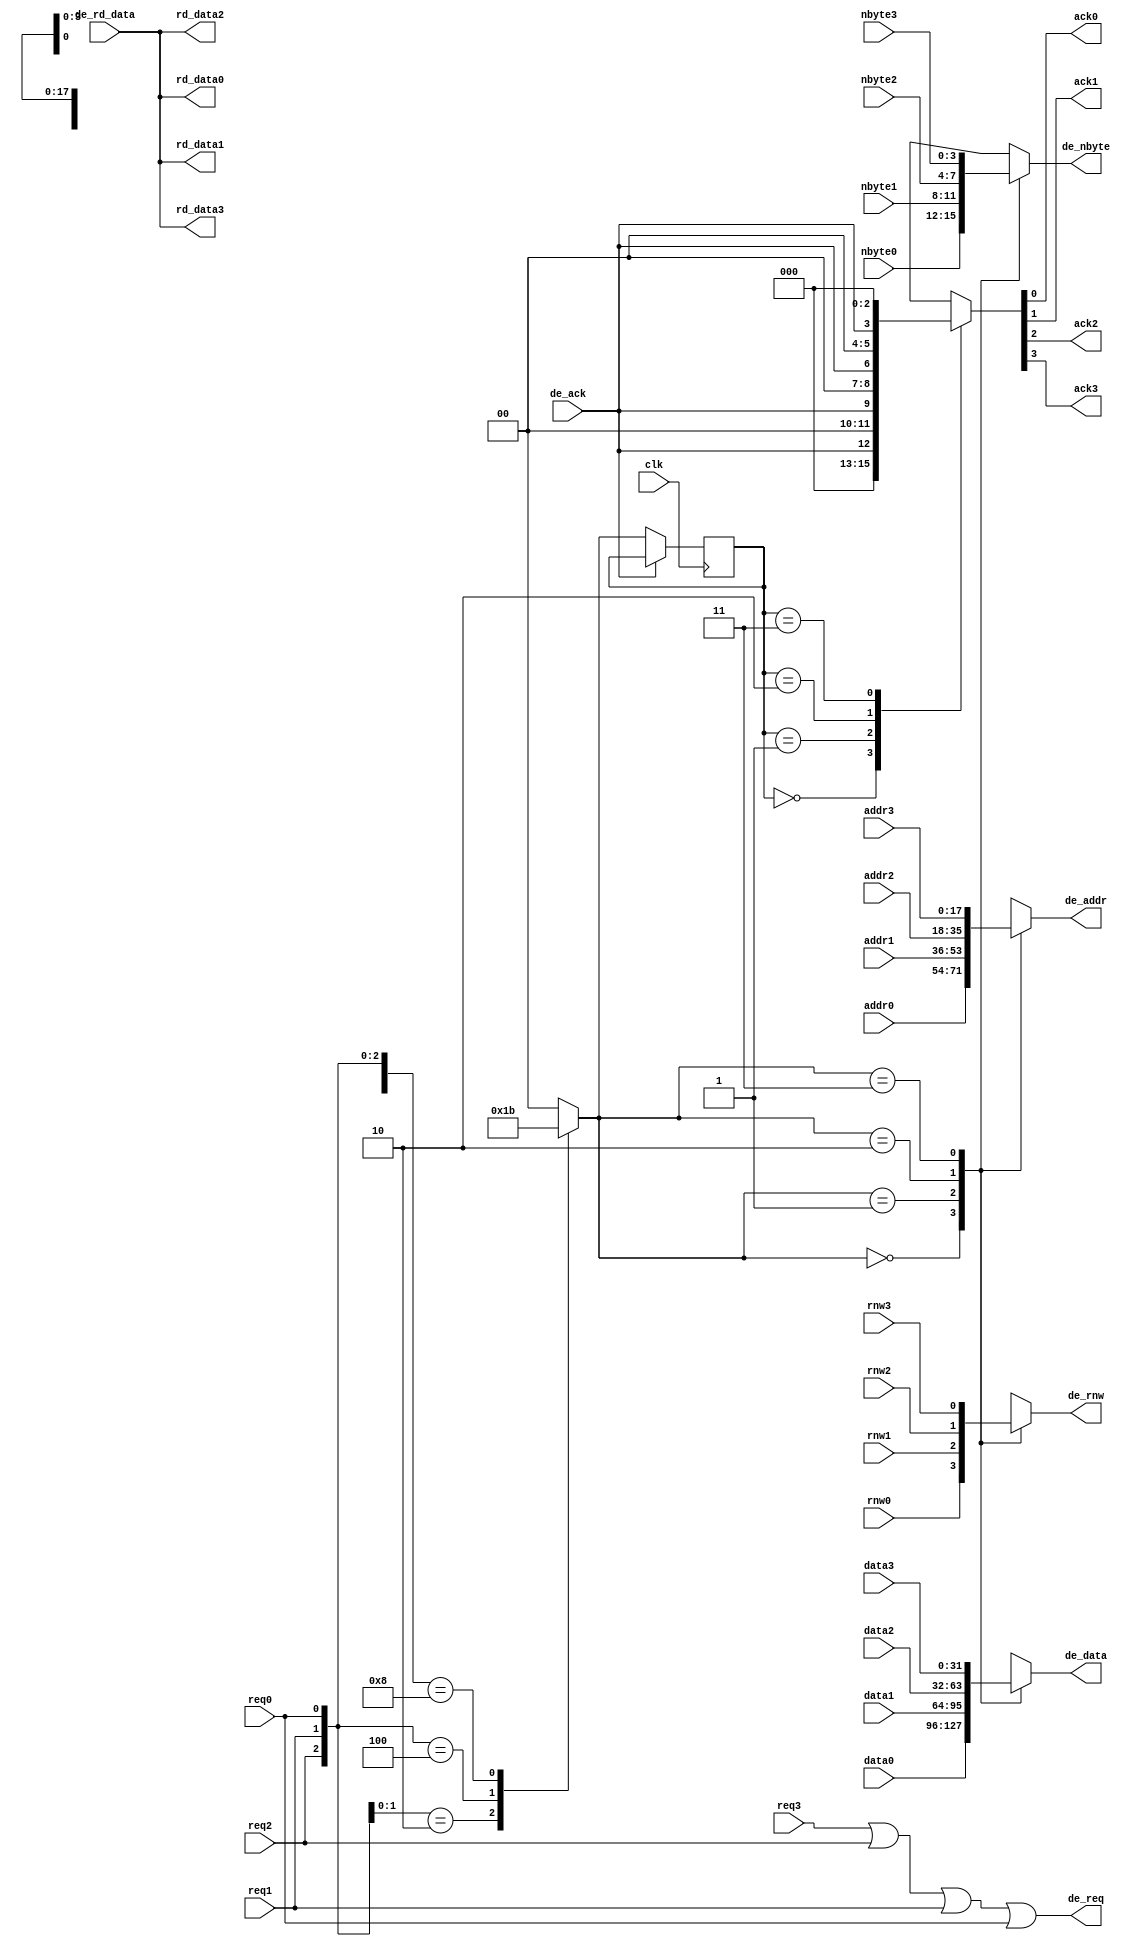
//Verilog HDL for "COMP32211", "drawing_mux" "functional"

`define TPD 2

module drawing_mux(input  wire        clk,
		    input  wire        req0,
		    output wire        ack0,
		    input  wire        rnw0,
		    input  wire [17:0] addr0,
		    input  wire  [3:0] nbyte0,
		    input  wire [31:0] data0,
		    output wire [31:0] rd_data0,
		    input  wire        req1,
		    output wire        ack1,
		    input  wire        rnw1,
		    input  wire [17:0] addr1,
		    input  wire  [3:0] nbyte1,
		    input  wire [31:0] data1,
		    output wire [31:0] rd_data1,
		    input  wire        req2,
		    output wire        ack2,
		    input  wire        rnw2,
		    input  wire [17:0] addr2,
		    input  wire  [3:0] nbyte2,
		    input  wire [31:0] data2,
		    output wire [31:0] rd_data2,
		    input  wire        req3,
		    output wire        ack3,
		    input  wire        rnw3,
		    input  wire [17:0] addr3,
		    input  wire  [3:0] nbyte3,
		    input  wire [31:0] data3,
		    output wire [31:0] rd_data3,
		    output wire        de_req,
		    input  wire        de_ack,
		    output wire        de_rnw,
		    output wire [17:0] de_addr,
		    output wire  [3:0] de_nbyte,
		    output wire [31:0] de_data,
		    input  wire [31:0] de_rd_data);

reg  [1:0] pending_req;
reg  [1:0] current_req;
reg  [3:0] current_ack;

reg        mux_rnw;
reg [17:0] mux_addr;
reg  [3:0] mux_nbyte;
reg [31:0] mux_data;

assign #`TPD de_req = req3 | req2 | req1 | req0;
assign #`TPD ack3 = current_ack[3];
assign #`TPD ack2 = current_ack[2];
assign #`TPD ack1 = current_ack[1];
assign #`TPD ack0 = current_ack[0];
assign #`TPD de_rnw   = mux_rnw;
assign #`TPD de_addr  = mux_addr;	/* Delay here because of apparent     */
assign #`TPD de_nbyte = mux_nbyte;	/* Cadence simulation bug if delay in */
assign #`TPD de_data  = mux_data;	/* original assignment.               */

assign #`TPD rd_data0 = de_rd_data;
assign #`TPD rd_data1 = de_rd_data;
assign #`TPD rd_data2 = de_rd_data;
assign #`TPD rd_data3 = de_rd_data;

always @ (req3, req2, req1, req0)
casex ({req3, req2, req1, req0})
  4'bxxx1: pending_req = 0;
  4'bxx10: pending_req = 1;
  4'bx100: pending_req = 2;
  4'b1000: pending_req = 3;
  default: pending_req = 0;
endcase


/* N.B. If incoming requests are not mutually exclusive then multiplexers may */
/* glitch as forward path has no latches.  Not fixable in isolation due to    */
/* input race between requests and de_ack.  Outputs must be set up in time    */
/* to be latched into memory driver.                                          */

always @ (pending_req, addr0, nbyte0, data0, addr1, nbyte1, data1,
                       addr2, nbyte2, data2, addr3, nbyte3, data3)
case (pending_req)
  0: begin			// Highest priority channel
     mux_rnw   = rnw0;
     mux_addr  = addr0;
     mux_nbyte = nbyte0;
     mux_data  = data0;
     end
  1: begin
     mux_rnw   = rnw1;
     mux_addr  = addr1;
     mux_nbyte = nbyte1;
     mux_data  = data1;
     end
  2: begin
     mux_rnw   = rnw2;
     mux_addr  = addr2;
     mux_nbyte = nbyte2;
     mux_data  = data2;
     end
  3: begin
     mux_rnw   = rnw3;
     mux_addr  = addr3;
     mux_nbyte = nbyte3;
     mux_data  = data3;
     end
endcase


always @ (posedge clk)		// Hold requests to direct ack correctly
if (!de_ack) current_req <= pending_req;

always @ (de_ack, current_req)
case (current_req)
  0: current_ack = {1'b0, 1'b0, 1'b0, de_ack};
  1: current_ack = {1'b0, 1'b0, de_ack, 1'b0};
  2: current_ack = {1'b0, de_ack, 1'b0, 1'b0};
  3: current_ack = {de_ack, 1'b0, 1'b0, 1'b0};
  default: current_ack = 4'b0000;
endcase

endmodule